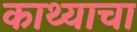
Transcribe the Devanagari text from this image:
काथ्याचा